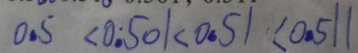
0 . 5 < 0 . 5 0 1 < 0 . 5 1 < 0 . 5 1 1